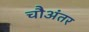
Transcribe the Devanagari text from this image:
चौअंतर